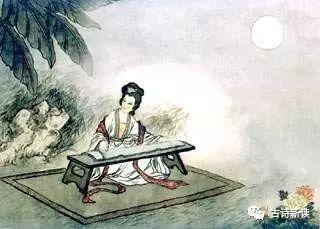
忽见陌头杨柳色，悔教夫婿觅封侯。